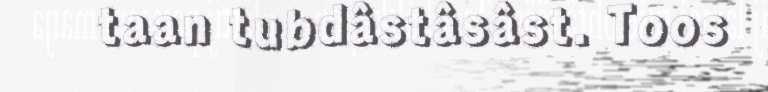
taan tubdâstâsâst. Toos